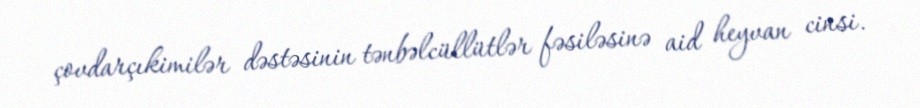
çovdarçıkimilər dəstəsinin tənbəlcüllütlər fəsiləsinə aid heyvan cinsi.